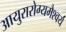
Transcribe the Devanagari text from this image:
आयुरारोग्यमैश्वर्यं